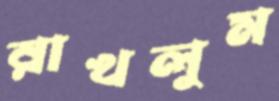
রাখলুম